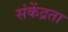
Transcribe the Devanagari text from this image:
संकेंद्रता